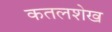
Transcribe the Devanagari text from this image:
कतलशेख